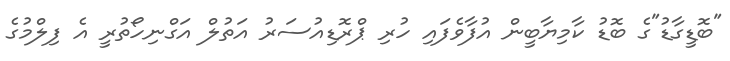
"ބޮޑީގާޑު"ގެ ބޮޑު ކާމިޔާބީން އުފާވެފައި ހުރި ޕްރޮޑިއުސަރު އަތުލް އަގްނިހޯތުރީ އެ ފިލްމުގެ